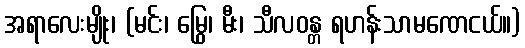
အရာလေးမျိုး၊ (မင်း၊ မြွေ၊ မီး၊ သီလဝန္တ ရဟန်းသာမဏေငယ်။)